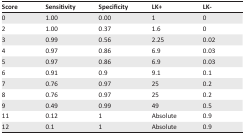
<table><thead><tr><td><b>Score</b></td><td><b>Sensitivity</b></td><td><b>Specificity</b></td><td><b>LK+</b></td><td><b>LK-</b></td></tr></thead><tbody><tr><td>0</td><td>1.00</td><td>0.00</td><td>1</td><td>0</td></tr><tr><td>2</td><td>1.00</td><td>0.37</td><td>1.6</td><td>0</td></tr><tr><td>3</td><td>0.99</td><td>0.56</td><td>2.25</td><td>0.02</td></tr><tr><td>4</td><td>0.97</td><td>0.86</td><td>6.9</td><td>0.03</td></tr><tr><td>5</td><td>0.97</td><td>0.86</td><td>6.9</td><td>0.03</td></tr><tr><td>6</td><td>0.91</td><td>0.9</td><td>9.1</td><td>0.1</td></tr><tr><td>7</td><td>0.76</td><td>0.97</td><td>25</td><td>0.2</td></tr><tr><td>8</td><td>0.76</td><td>0.97</td><td>25</td><td>0.2</td></tr><tr><td>9</td><td>0.49</td><td>0.99</td><td>49</td><td>0.5</td></tr><tr><td>11</td><td>0.12</td><td>1</td><td>Absolute</td><td>0.9</td></tr><tr><td>12</td><td>0.1</td><td>1</td><td>Absolute</td><td>0.9</td></tr></tbody></table>